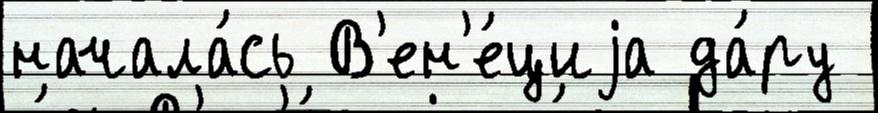
начала́сь В'ен'е́циjа да́ру